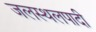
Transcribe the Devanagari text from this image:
जलस्थलपादी